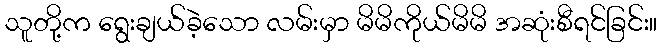
သူတို့က ရွေးချယ်ခဲ့သော လမ်းမှာ မိမိကိုယ်မိမိ အဆုံးစီရင်ခြင်း။